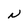
Character: N